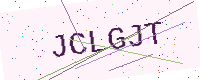
Text: JCLGJT